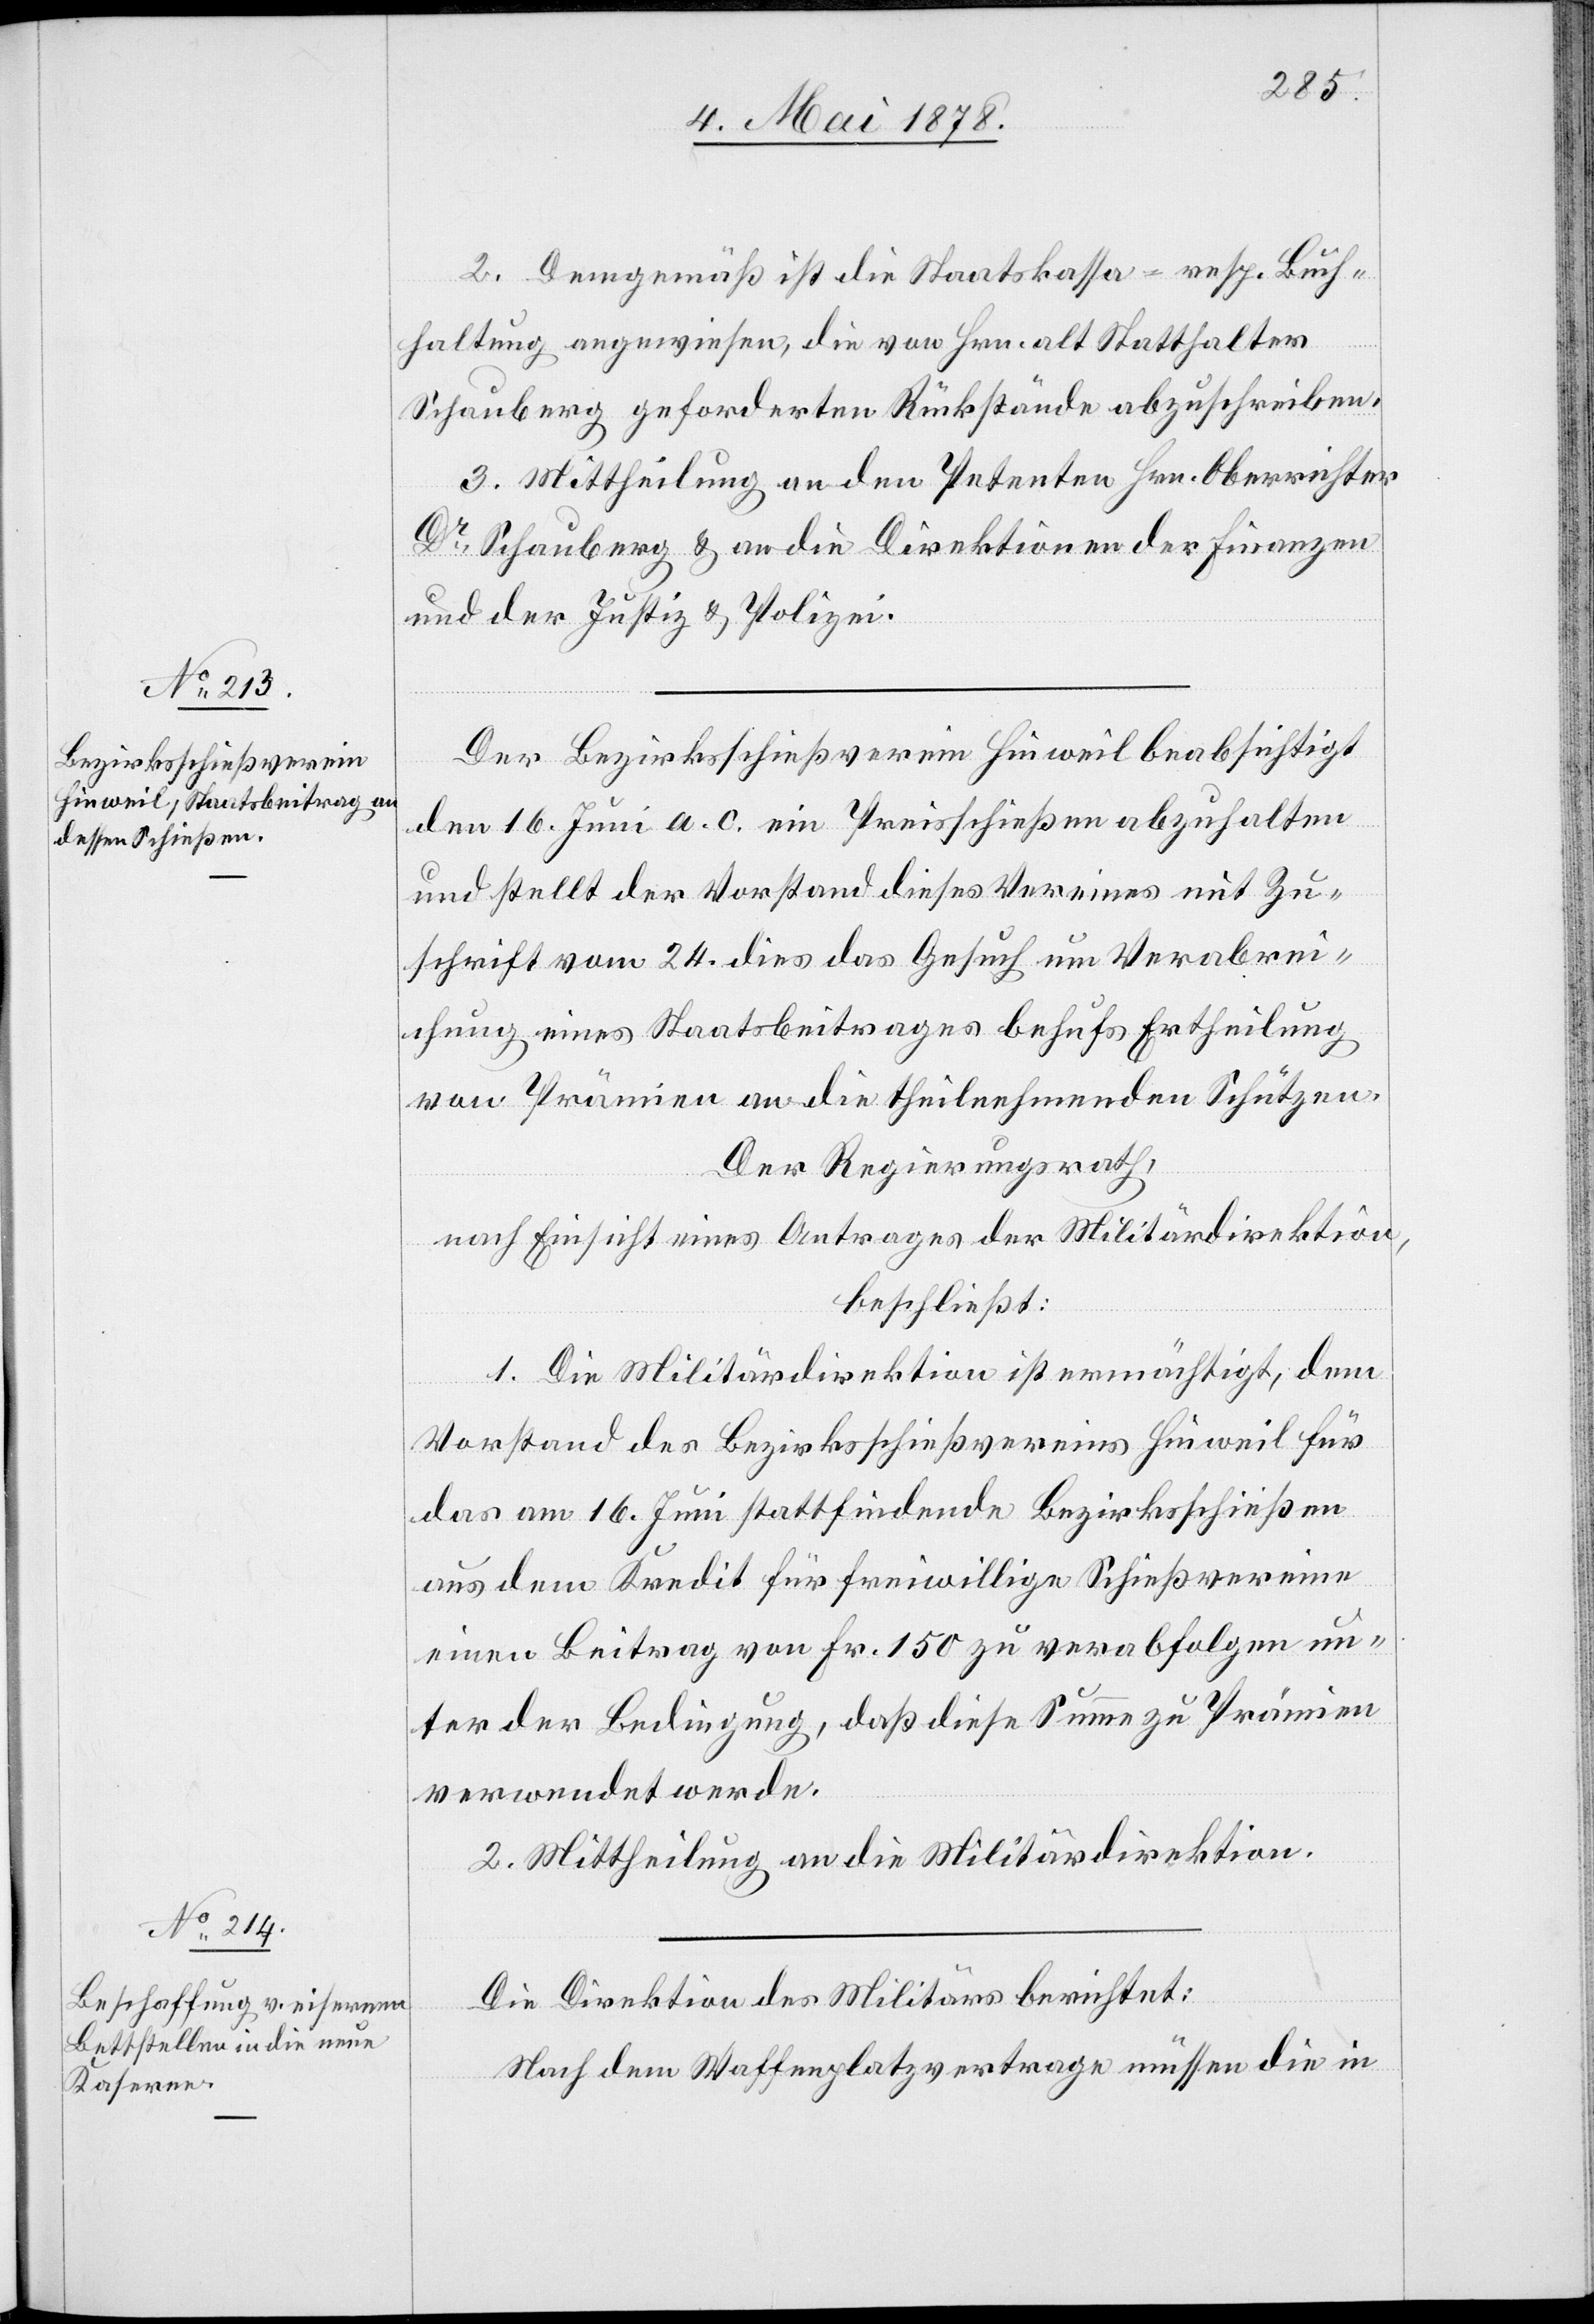
2. Demgemäß ist die Staatskasse – resp. Buch¬
haltung angewiesen, die von Hrn. alt Statthalter
Schauberg geforderten Rückstände abzuschreiben.
3. Mittheilung an den Petenten Hrn. Oberrichter
Dr Schauberg & an die Direktionen der Finanzen
und der Justiz & Polizei.
Der Bezirksschießverein Hinweil beabsichtigt
den 16. Juni a. c. ein Preisschießen abzuhalten
und stellt der Vorstand dieses Vereines mit Zu¬
schrift vom 24. dies das Gesuch um Verabrei¬
chung eines Staatsbeitrages behufs Ertheilung
von Prämien an die theilnehmenden Schützen.
Der Regierungsrath,
nach Einsicht eines Antrages der Militärdirektion,
beschließt:
1. Die Militärdirektion ist ermächtigt, dem
Vorstand des Bezirksschießvereins Hinweil für
das am 16. Juni stattfindende Bezirksschießen
aus dem Kredit für freiwillige Schießvereine
einen Beitrag von Fr. 150 zu verabfolgen un¬
ter der Bedingung, daß diese Summe zu Prämien
verwendet werde.
2. Mittheilung an die Militärdirektion.
Die Direktion des Militärs berichtet:
Nach dem Waffenplatzvertrage müssen die in